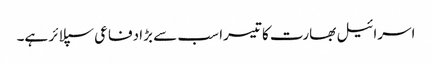
اسرائیل بھارت کا تیسرا سب سے بڑا دفاعی سپلائر ہے۔